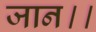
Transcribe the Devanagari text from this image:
जान।।